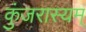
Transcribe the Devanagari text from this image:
कुंजरास्यम्